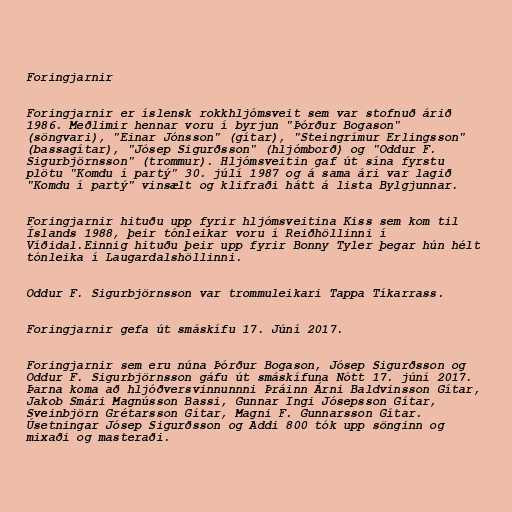
Foringjarnir

Foringjarnir er íslensk rokkhljómsveit sem var stofnuð árið
1986. Meðlimir hennar voru í byrjun "Þórður Bogason"
(söngvari), "Einar Jónsson" (gítar), "Steingrímur Erlingsson"
(bassagítar), "Jósep Sigurðsson" (hljómborð) og "Oddur F.
Sigurbjörnsson" (trommur). Hljómsveitin gaf út sína fyrstu
plötu "Komdu í partý" 30. júlí 1987 og á sama ári var lagið
"Komdu í partý" vinsælt og klifraði hátt á lista Bylgjunnar.

Foringjarnir hituðu upp fyrir hljómsveitina Kiss sem kom til
Íslands 1988, þeir tónleikar voru í Reiðhöllinni í
Víðidal.Einnig hituðu þeir upp fyrir Bonny Tyler þegar hún hélt
tónleika í Laugardalshöllinni.

Oddur F. Sigurbjörnsson var trommuleikari Tappa Tíkarrass.

Foringjarnir gefa út smáskífu 17. Júní 2017.

Foringjarnir sem eru núna Þórður Bogason, Jósep Sigurðsson og
Oddur F. Sigurbjörnsson gáfu út smáskífuna Nótt 17. júní 2017.
Þarna koma að hljóðversvinnunnni Þráinn Árni Baldvinsson Gítar,
Jakob Smári Magnússon Bassi, Gunnar Ingi Jósepsson Gítar,
Sveinbjörn Grétarsson Gítar, Magni F. Gunnarsson Gítar.
Úsetningar Jósep Sigurðsson og Addi 800 tók upp sönginn og
mixaði og masteraði.